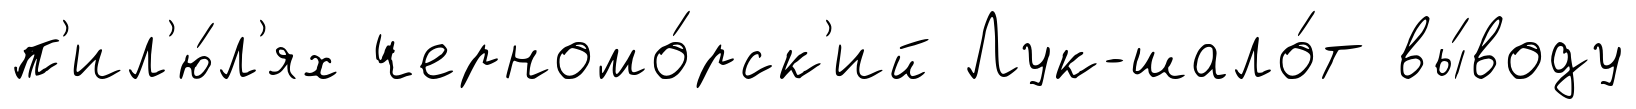
п'ил'ю́л'ях черномо́рск'ий Лук-шало́т вы́воду